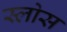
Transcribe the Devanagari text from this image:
स्लोस